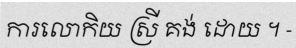
ការលោកិយ ស្រី គង់ ដោយ ។ -